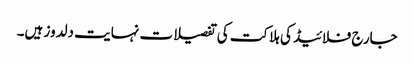
جارج فلائیڈ کی ہلاکت کی تفصیلات نہایت دلدوز ہیں۔